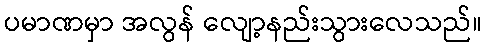
ပမာဏမှာ အလွန် လျော့နည်းသွားလေသည်။